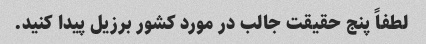
لطفاً پنج حقیقت جالب در مورد کشور برزیل پیدا کنید.